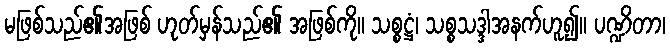
မဖြစ်သည်၏အဖြစ် ဟုတ်မှန်သည်၏ အဖြစ်ကို။ သစ္စဋ္ဌံ၊ သစ္စသဒ္ဒါအနက်ဟူ၍။ ပဏ္ဍိတာ၊